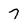
Character: 7